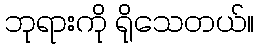
ဘုရားကို ရိုသေတယ်။